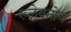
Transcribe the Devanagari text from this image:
ख्लेबनोय